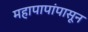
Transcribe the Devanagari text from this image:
महापापांपासून